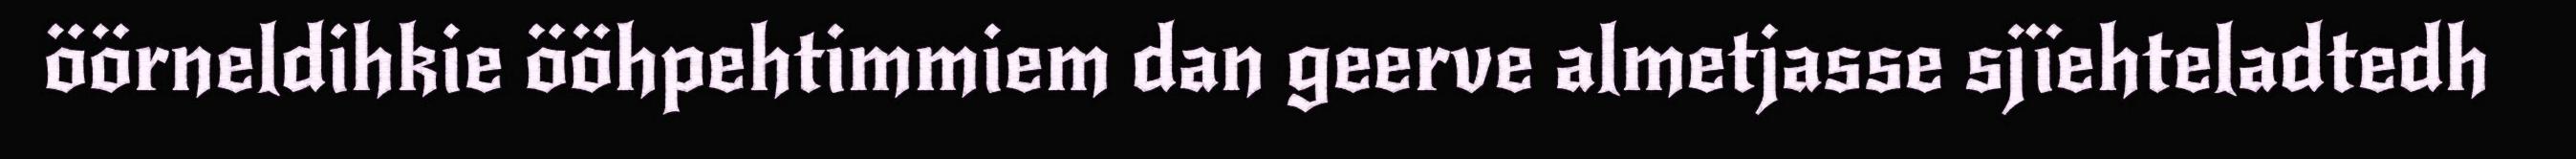
öörneldihkie ööhpehtimmiem dan geerve almetjasse sjïehteladtedh